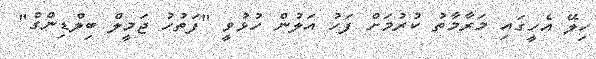
ހިލޭ އެހީގައި މަރާމާތު ކުރުމަށް ފަހު އަލުން ހުޅުވީ "ފަތުހު ޖަމީލް ބިލްޑިންގް"